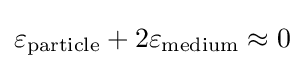
{{\varepsilon }_{\rm {particle}}}+2{{\varepsilon }_{\rm {medium}}}\approx 0